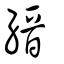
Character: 縉